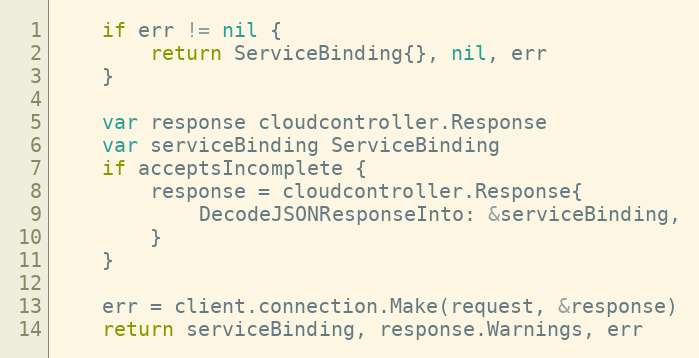
Language: Go
	if err != nil {
		return ServiceBinding{}, nil, err
	}

	var response cloudcontroller.Response
	var serviceBinding ServiceBinding
	if acceptsIncomplete {
		response = cloudcontroller.Response{
			DecodeJSONResponseInto: &serviceBinding,
		}
	}

	err = client.connection.Make(request, &response)
	return serviceBinding, response.Warnings, err